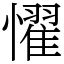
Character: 𢣷